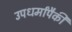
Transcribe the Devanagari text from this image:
उपधर्मांपैकी